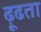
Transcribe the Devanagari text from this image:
ढ़ूढता